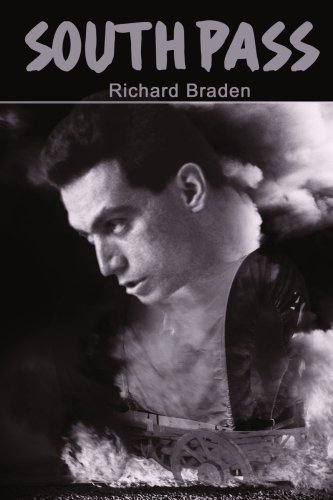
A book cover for South Pass; Richard Braden; Teen & Young Adult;